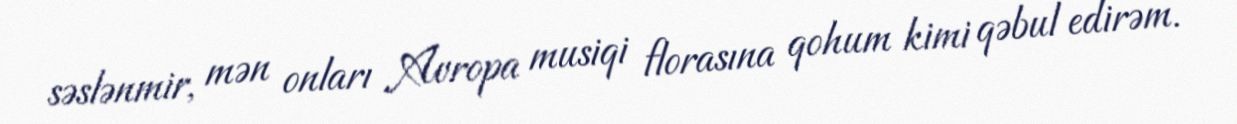
səslənmir, mən onları Avropa musiqi florasına qohum kimi qəbul edirəm.